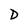
Character: D